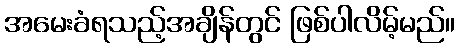
အမေးခံရသည့်အချိန်တွင် ဖြစ်ပါလိမ့်မည်။